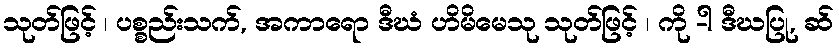
သုတ်ဖြင့် ၊ ပစ္စည်းသက်, အကာရော ဒီဃံ ဟိမိမေသု သုတ်ဖြင့် ၊ ကို -ါ ဒီဃပြု, ဆ်